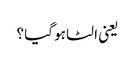
یعنی الٹا ہو گیا ؟